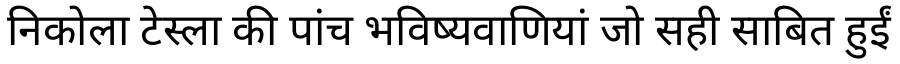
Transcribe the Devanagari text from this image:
निकोला टेस्ला की पांच भविष्यवाणियां जो सही साबित हुईं